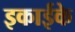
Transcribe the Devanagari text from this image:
इकाईके